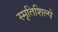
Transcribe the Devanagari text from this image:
स्मृतिशिल्पे